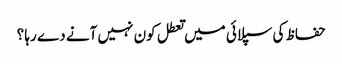
حفاظ کی سپلائی میں تعطل کون نہیں آنے دے رہا ؟